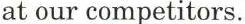
at our competitors.